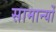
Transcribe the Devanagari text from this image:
सामान्यों